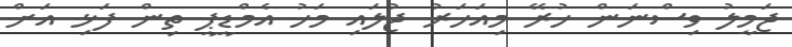
ޖަމީލު ވިސްނަން ހުރޭ މިއަހަރު ޖުލައި މަހު އެމްޑީޕީ ތިން ފަޅި އަށް